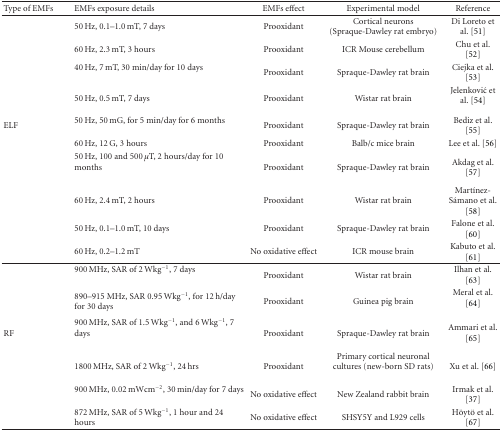
<table><thead><tr><td><b>Type of EMFs</b></td><td><b>EMFs exposure details</b></td><td><b>EMFs effect</b></td><td><b>Experimental model</b></td><td><b>Reference </b></td></tr></thead><tbody><tr><td> </td><td>50 Hz, 0.1–1.0 mT, 7 days</td><td>Prooxidant</td><td>Cortical neurons (Spraque-Dawley rat embryo)</td><td>Di Loreto et al. [51]</td></tr><tr><td> </td><td>60 Hz, 2.3 mT, 3 hours</td><td>Prooxidant </td><td>ICR Mouse cerebellum </td><td>Chu et al. [52]</td></tr><tr><td> </td><td>40 Hz, 7 mT, 30 min/day for 10 days</td><td>Prooxidant </td><td>Spraque-Dawley rat brain</td><td> Ciejka et al. [53]</td></tr><tr><td> </td><td>50 Hz, 0.5 mT, 7 days</td><td>Prooxidant </td><td>Wistar rat brain</td><td> Jelenković et al. [54]</td></tr><tr><td>ELF</td><td>50 Hz, 50 mG, for 5 min/day for 6 months</td><td>Prooxidant </td><td>Spraque-Dawley rat brain</td><td> Bediz et al. [55]</td></tr><tr><td> </td><td>60 Hz, 12 G, 3 hours</td><td>Prooxidant </td><td> Balb/c mice brain</td><td> Lee et al. [56]</td></tr><tr><td> </td><td>50 Hz, 100 and 500 <i>μ</i>T, 2 hours/day for 10 months</td><td>Prooxidant </td><td> Spraque-Dawley rat brain </td><td>Akdag et al. [57]</td></tr><tr><td> </td><td>60 Hz, 2.4 mT, 2 hours</td><td>Prooxidant </td><td>Wistar rat brain </td><td> Martínez-Sámano et al. [58]</td></tr><tr><td> </td><td>50 Hz, 0.1–1.0 mT, 10 days </td><td>Prooxidant </td><td>Spraque-Dawley rat brain </td><td> Falone et al. [60]</td></tr><tr><td> </td><td>60 Hz, 0.2–1.2 mT</td><td>No oxidative effect</td><td>ICR mouse brain</td><td> Kabuto et al. [61]</td></tr><tr><td> </td><td>900 MHz, SAR of 2 Wkg<sup>−1</sup>, 7 days</td><td>Prooxidant</td><td> Wistar rat brain </td><td> Ilhan et al. [63]</td></tr><tr><td> </td><td>890–915 MHz, SAR 0.95 Wkg<sup>−1</sup>, for 12 h/day for 30 days</td><td>Prooxidant</td><td>Guinea pig brain</td><td> Meral et al. [64]</td></tr><tr><td>RF</td><td>900 MHz, SAR of 1.5 Wkg<sup>−1</sup>, and 6 Wkg<sup>−1</sup>, 7 days</td><td>Prooxidant</td><td>Spraque-Dawley rat brain </td><td> Ammari et al. [65]</td></tr><tr><td> </td><td>1800 MHz, SAR of 2 Wkg<sup>−1</sup>, 24 hrs</td><td>Prooxidant</td><td>Primary cortical neuronal cultures (new-born SD rats)</td><td> Xu et al. [66]</td></tr><tr><td> </td><td>900 MHz, 0.02 mWcm<sup>−2</sup>, 30 min/day for 7 days</td><td>No oxidative effect </td><td>New Zealand rabbit brain</td><td> Irmak et al. [37] </td></tr><tr><td> </td><td>872 MHz, SAR of 5 Wkg<sup>−1</sup>, 1 hour and 24 hours</td><td>No oxidative effect </td><td>SHSY5Y and L929 cells</td><td> Höytö et al. [67] </td></tr></tbody></table>